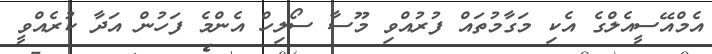
އެމްއޭސީއެލްގެ އެކި މަގާމުތައް ފުރުއްވި މޫސާ ސޯލިހް އެންމެ ފަހުން އަދާ ކުރެއްވީ